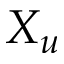
X _ { u }